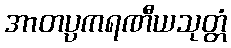
အာတပ္ပကရဏီယသုတ္တံ